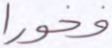
فخورا